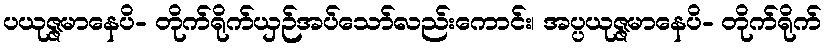
ပယုဇ္ဇမာနေပိ- တိုက်ရိုက်ယှဉ်အပ်သော်လည်းကောင်း၊ အပ္ပယုဇ္ဇမာနေပိ- တိုက်ရိုက်